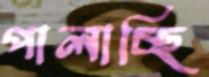
পালাচ্ছি